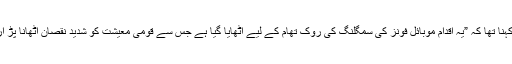
“ان کا کہنا تھا کہ ”یہ اقدام موبائل فونز کی سمگلنگ کی روک تھام کے لیے اٹھایا گیا ہے جس سے قومی معیشت کو شدید نقصان اٹھانا پڑ ارہا ہے۔